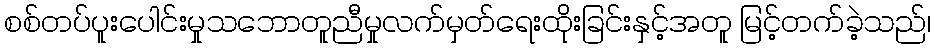
စစ်တပ်ပူးပေါင်းမှုသဘောတူညီမှုလက်မှတ်ရေးထိုးခြင်းနှင့်အတူ မြင့်တက်ခဲ့သည်၊